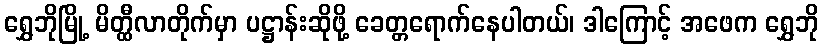
ရွှေဘိုမြို့ မိတ္ထီလာတိုက်မှာ ပဋ္ဌာန်းဆိုဖို့ ခေတ္တရောက်နေပါတယ်၊ ဒါကြောင့် အဖေက ရွှေဘို